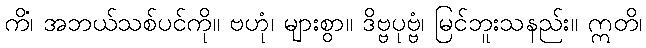
ကိံ၊ အဘယ်သစ်ပင်ကို။ ဗဟုံ၊ များစွာ။ ဒိဗ္ဗပုဗ္ဗံ၊ မြင်ဘူးသနည်း။ ဣတိ၊